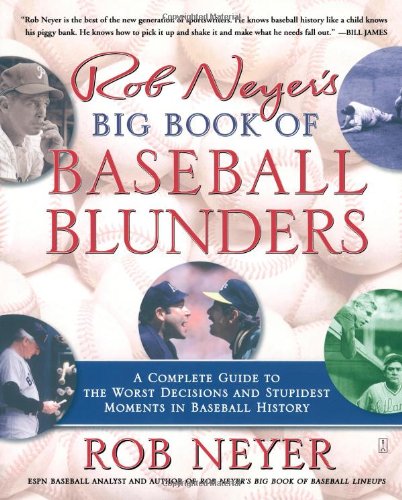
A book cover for Rob Neyer's Big Book of Baseball Blunders: A Complete Guide to the Worst Decisions and Stupidest Moments in Baseball History; Rob Neyer; Sports & Outdoors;